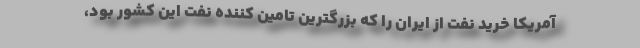
آمریکا خرید نفت از ایران را که بزرگترین تامین کننده نفت این کشور بود،